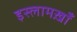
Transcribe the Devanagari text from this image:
इस्लामख़ाँ